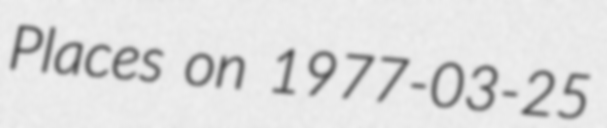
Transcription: Places on 1977-03-25